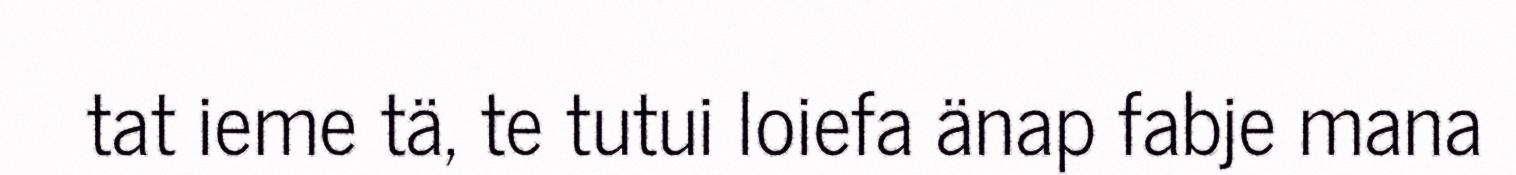
tat ieme tä, te tutui loiefa änap fabje mana